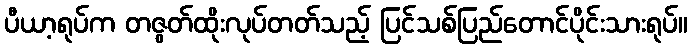
ပီယာ့ရုပ်က တဇွတ်ထိုးလုပ်တတ်သည့် ပြင်သစ်ပြည်တောင်ပိုင်းသားရုပ်။